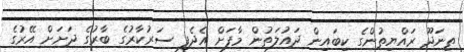
ތިނަދޫ ރައްޔިތުންގެ ކިބައިން ދައުލަތުން މާފަށް އެދެފި ސަރުކާރުގެ ބާރުގެ ދަށަށް އޭރުގެ